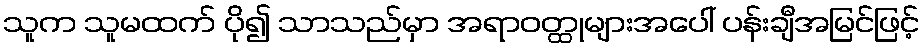
သူက သူမထက် ပို၍ သာသည်မှာ အရာဝတ္ထုများအပေါ် ပန်းချီအမြင်ဖြင့်